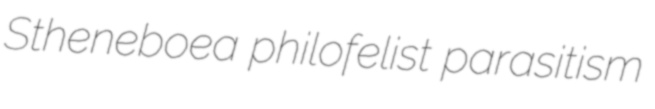
Stheneboea philofelist parasitism